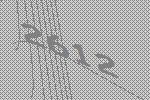
2612